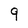
Character: 9